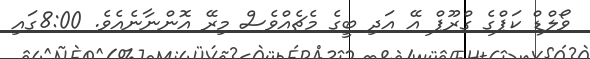
ވޯލްޑް ކަޕްގެ ގްރޫޕް އޭ އަދި ބީގެ މެޗެއްވެސް މިރޭ އޮންނާނެއެވެ. 8:00ގައި